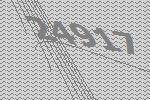
24917